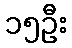
၁၅ဦး